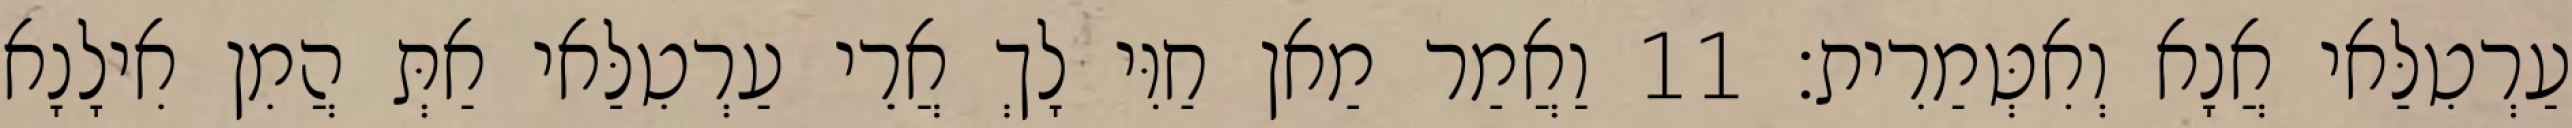
עַרְטִלַּאי אֲנָא וְאִטְּמַרִית׃ 11 וַאֲמַר מַאן חַוִּי לָךְ אֲרֵי עַרְטִלַּאי אַתְּ הֲמִן אִילָנָא